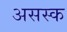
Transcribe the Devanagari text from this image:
असस्क